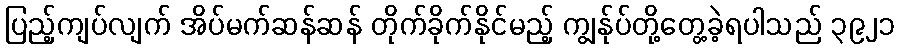
ပြည့်ကျပ်လျက် အိပ်မက်ဆန်ဆန် တိုက်ခိုက်နိုင်မည့် ကျွန်ုပ်တို့တွေ့ခဲ့ရပါသည် ၃၉၂၁